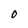
Character: 0